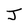
Character: J